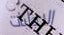
الاجابات